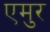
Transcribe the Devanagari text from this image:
एमुर